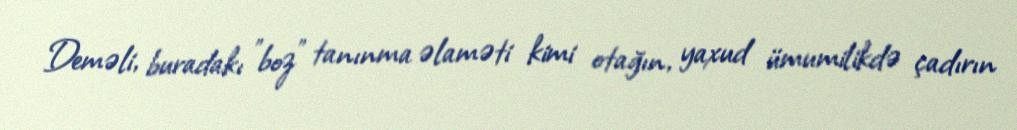
Deməli, buradakı "boz" tanınma əlaməti kimi otağın, yaxud ümumilikdə çadırın